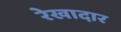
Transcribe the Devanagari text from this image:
रेखादार